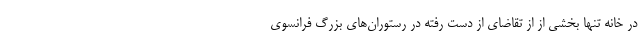
در خانه تنها بخشی از از تقاضای از دست رفته در رستوران‌های بزرگ فرانسوی